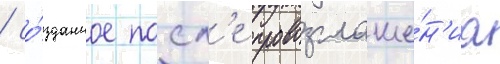
/ со́зданное посл'е провозглаше́н'иа